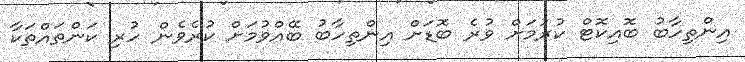
އިންތިހާބު ބޮއިކޮޓް ކުރުމަށް ވުރެ ބޮޑަށް އިންތިހާބު ބޭއްވުމަށް ކުރެވެން ހުރި ކަންތައްތަކާ